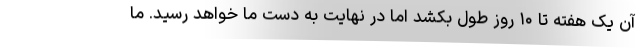
آن یک هفته تا ۱۰ روز طول بکشد اما در نهایت به دست ما خواهد رسید. ما